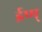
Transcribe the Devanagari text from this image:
ईण्